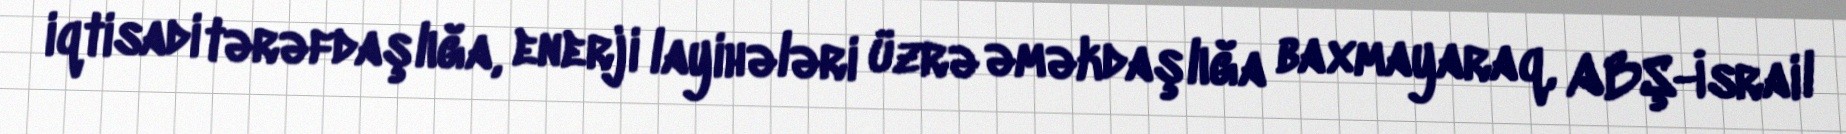
iqtisadi tərəfdaşlığa, enerji layihələri üzrə əməkdaşlığa baxmayaraq, ABŞ-İsrail